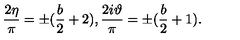
\frac { 2 \eta } \pi = \pm ( \frac b 2 + 2 ) , \frac { 2 i \vartheta } \pi = \pm ( \frac b 2 + 1 ) .